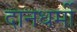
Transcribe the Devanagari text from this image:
दानधर्मी